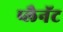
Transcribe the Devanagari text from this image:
प्लैनॅट